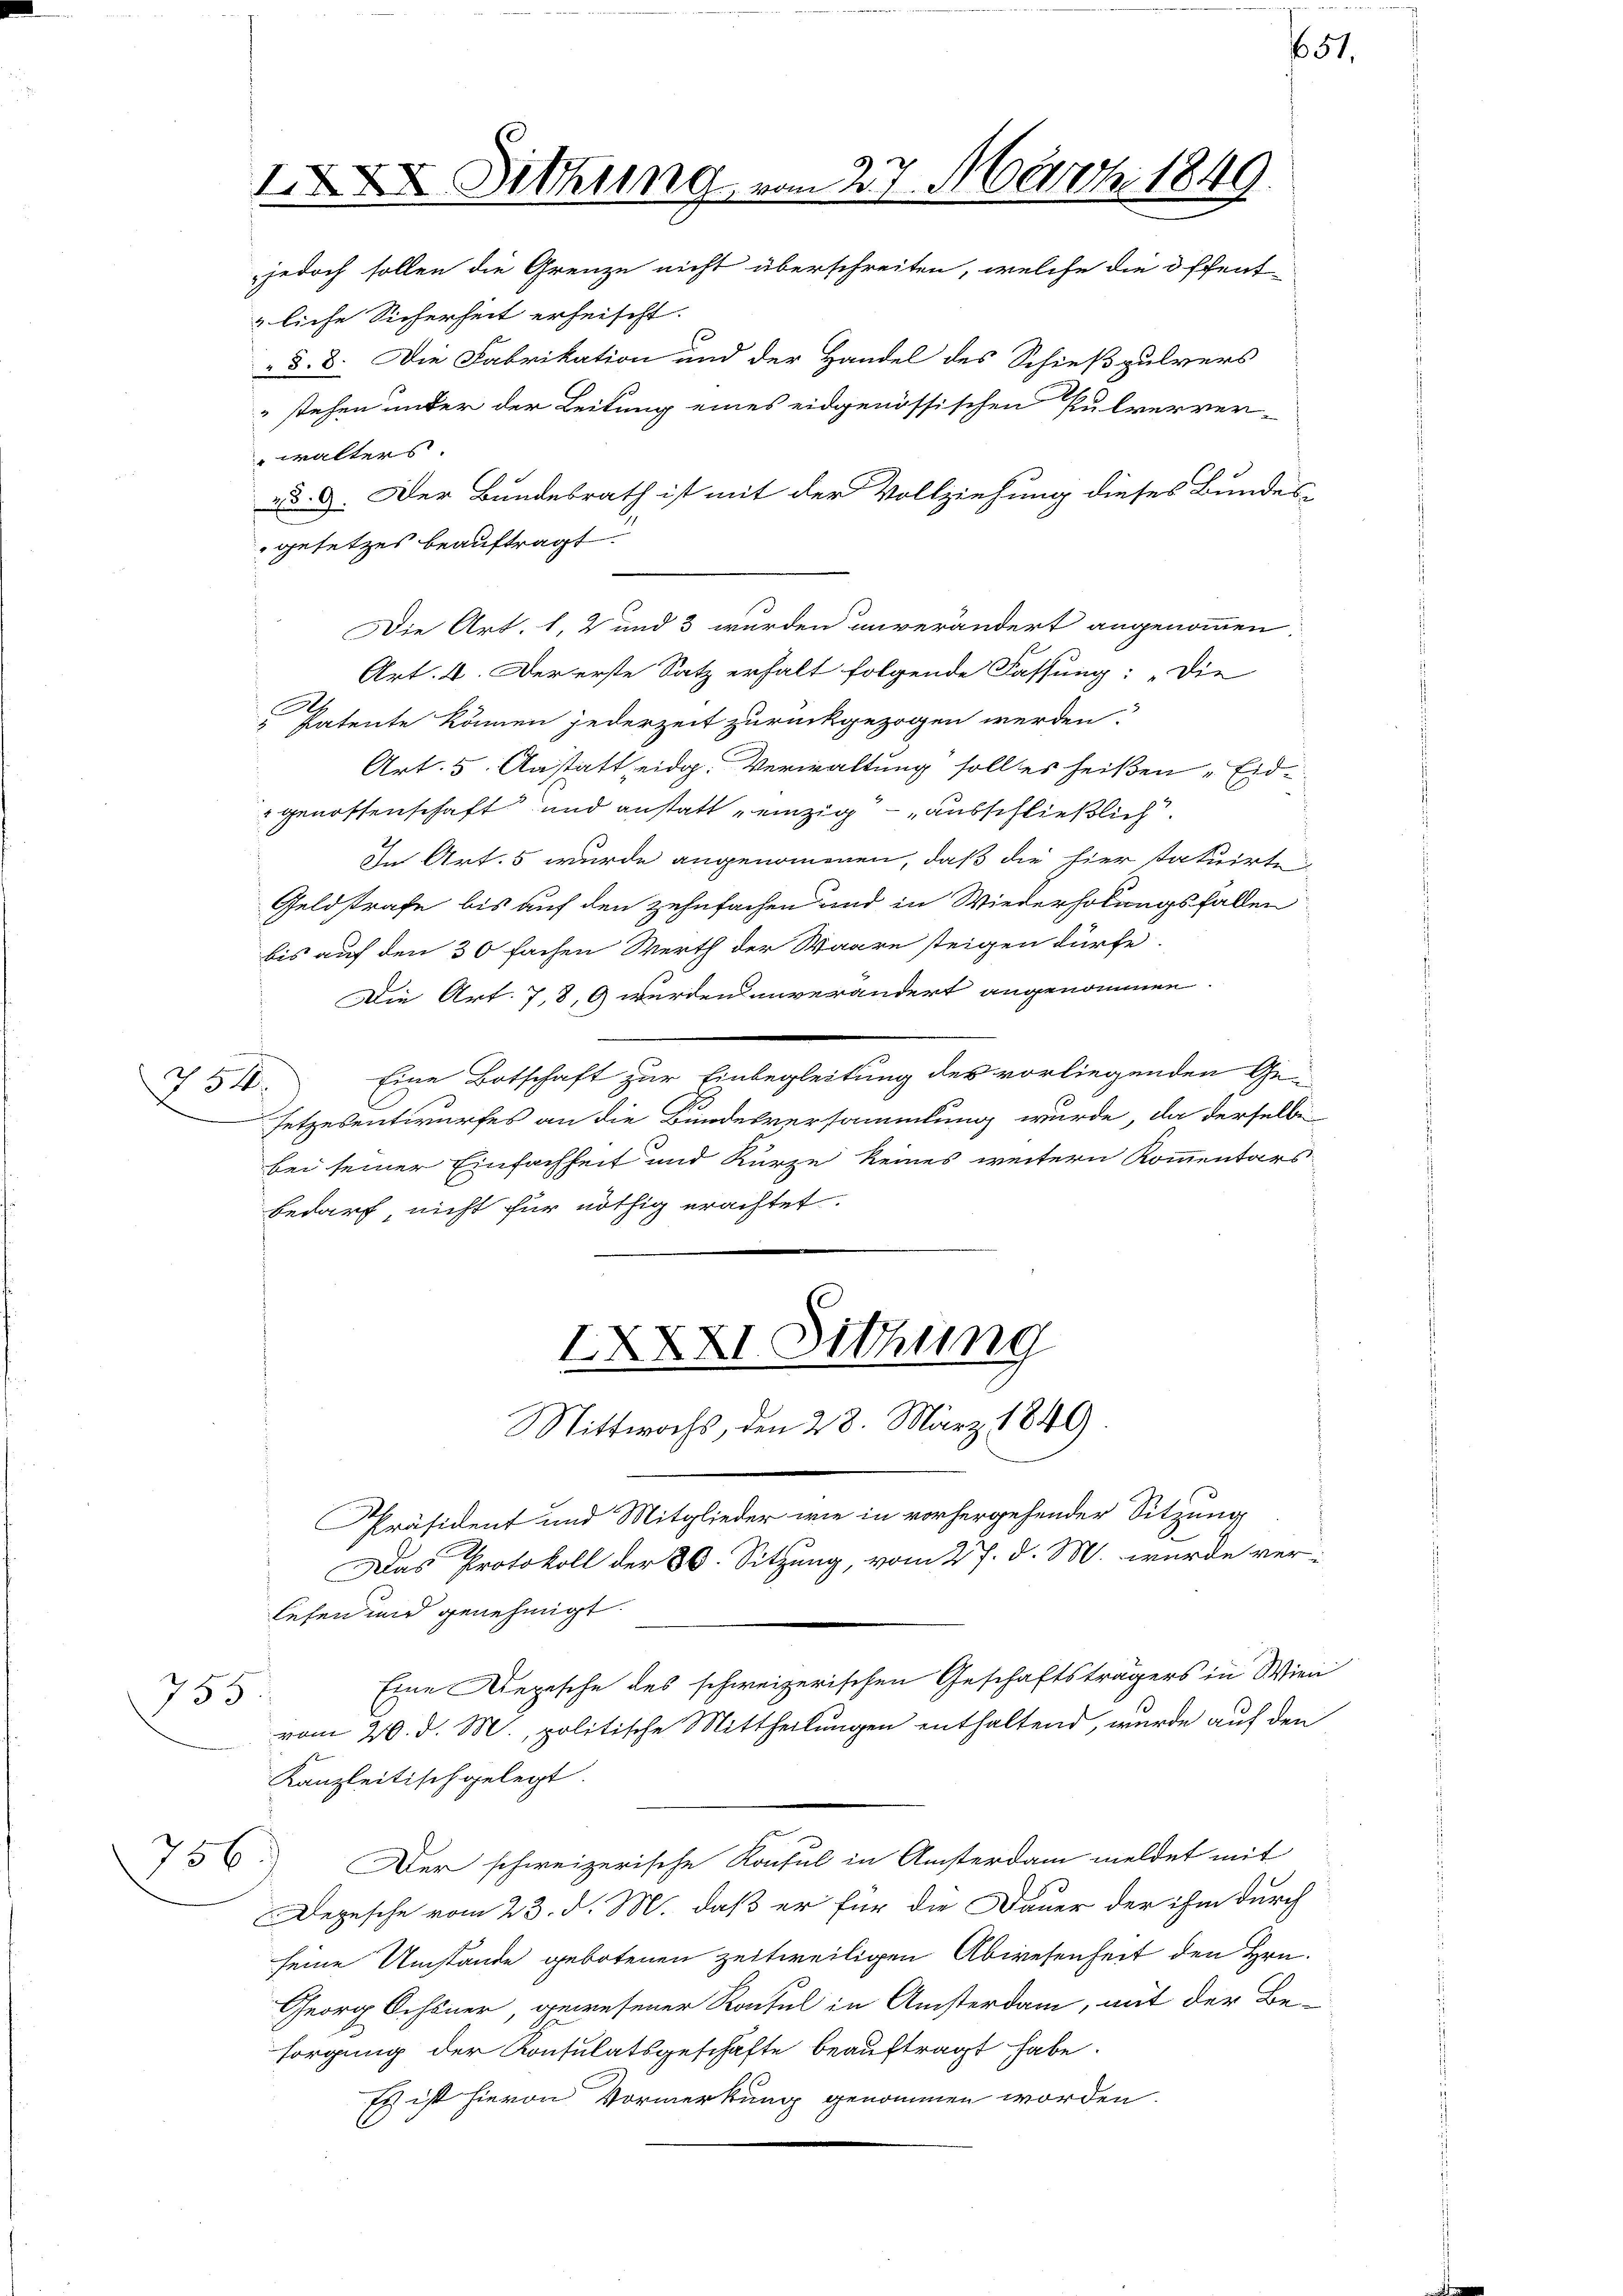
254.

§. 8. Die Fabrikation und der Handel des Schießpulvers
stehen unter der Leitung eines eidgenössischen Pulverver-
walters
ed. 9. Der Bundesrath ist mit der Vollziehung dieses Bundes-
gesetzes beauftragt.
Die Art. 1, 2 und 3 wurden unverändert angenommen
Art. 4. Der erste Satz erhalt folgende Fassung: „Die
2
" Patente können jederzeit zurückgezogen werden.
Art. 5. Anstatt, eidg. Verwaltung soll es heißen „Eid.
genossenschaft und anstatt einzig – ausschließlich
Im Art. 5 wurde angenommenen, daß die hier statuirte
Geldstrafe bis auf den zehnfachen und in Wiederholungsfallen
bis auf den 30 fachen Werth der Waare steigen dürfe.
Die Art. 7,8, 9 werden unverändert angenommen.
Eine Botschaft zur Einbegleitung des vorliegenden Gesetzesentwurfes an die Bundesversammlung wurde, da derselbe
bei seiner Einfachheit und Kurze keines weitern Kommentars
bedarf nicht für nöthig erachtet.
XXXXI Sitzung
Mittwochs, den 28. März 1849.
Präsident und Mitglieder wie in vorhergehender Sitzung
Das Protokoll der 30. Sitzung, vom 27. d. M. wurde verlesen und genehmigt.
Eine Depesche des schweizerischen Geschäftsträgers in Wien
755
vom 20. d. M., politische Mittheilungen enthaltend, wurde auf den
Kanzleitisch gelegt.
756
Der schweizerische Konsul in Ansterdam meldet mit
Depesche vom 23. d. M. daß er für die Dauer der ihm durch
seine Umstände gebotenen zeitweiligen Abwesenheit den Hrn.
Georg Ochsner, gewesener Konsul in Ansterdam, mit der Be-
sorgung der Konsulatsgeschäfte beauftragt habe.
Es ist hievon Vormerkung genommen worden.

Sitzung vom 27. März 1849.
jedoch sollen die Grenze nicht überschreiten, welche die öffent-

zliche Sicherheit erheischt.

651.